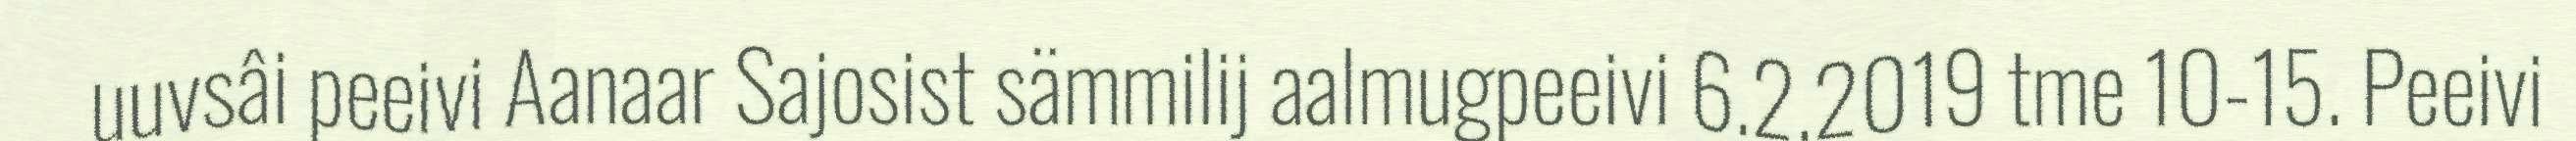
uuvsâi peeivi Aanaar Sajosist sämmilij aalmugpeeivi 6.2.2019 tme 10-15. Peeivi